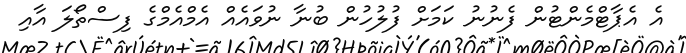
އެ އެޕާޓްމެންޓުން ފެނުނު ކަމަށް ފުލުހުން ބުނާ ނުވައެއް އެމްއެމްގެ ފިސްތޯލަ އާއި